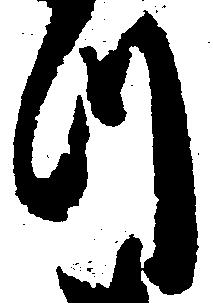
つ